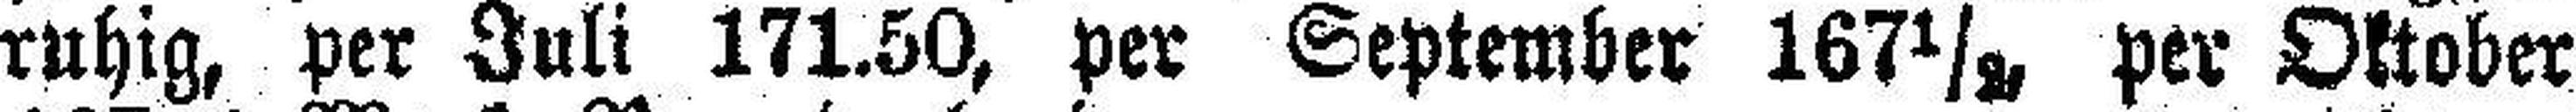
ruhig, per Juli 171.50, per September 167½ per Oktober